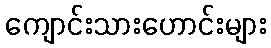
ကျောင်းသားဟောင်းများ